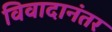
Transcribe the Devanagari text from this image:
विवादानंतर